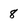
Character: 8